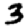
Digit: 3